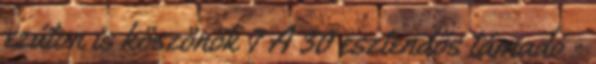
ezúton is köszönök 7 A 30 esztendős támadó -